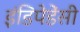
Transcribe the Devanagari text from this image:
इंडिपेडेंसी